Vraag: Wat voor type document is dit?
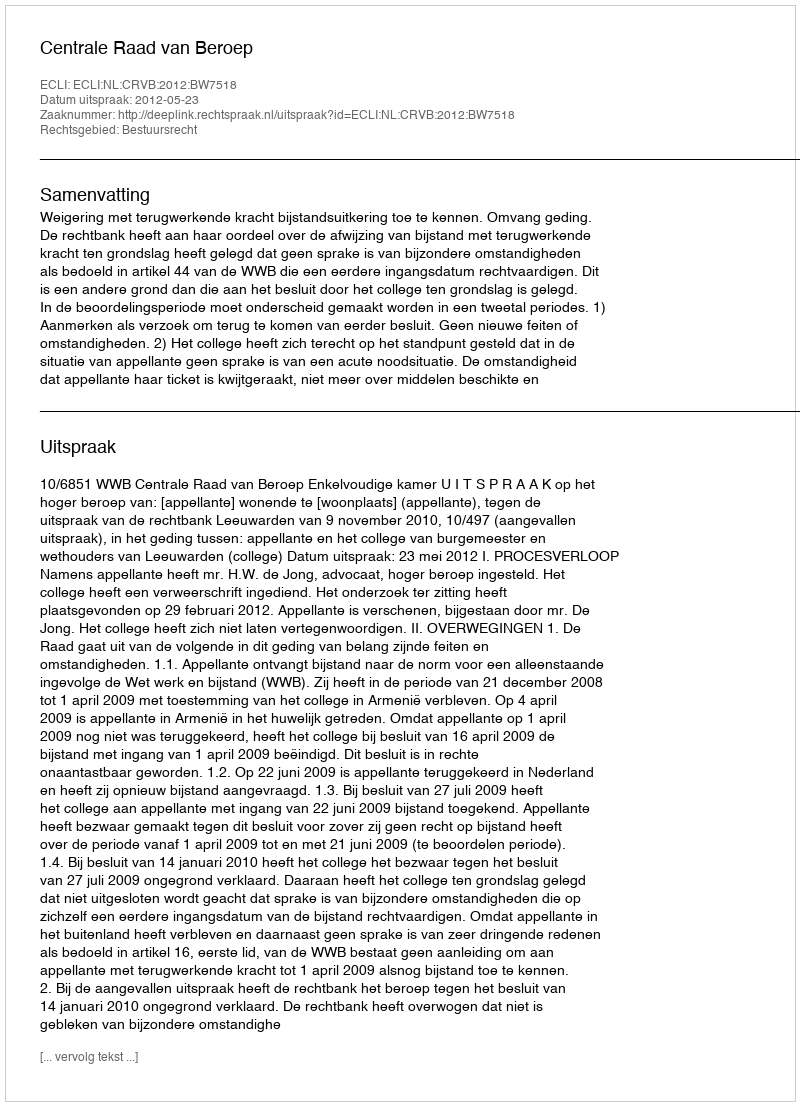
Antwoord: Uitspraak